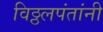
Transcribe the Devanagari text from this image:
विठ्ठलपंतांनी